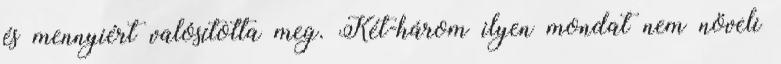
és mennyiért valósította meg. Két-három ilyen mondat nem növeli